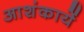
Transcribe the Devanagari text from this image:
आशंकायें